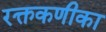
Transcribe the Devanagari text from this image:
रक्तकणीका